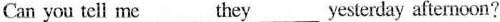
Can you tell me___they___yesterday afternoon?